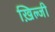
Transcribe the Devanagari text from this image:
ख़िल्जी